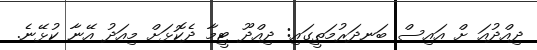
ދިއްދުއަ ށް އައިސް ބަނދަރުމަތީގައި: ދިއްދޫ ޓީމާ ދެކޮޅަށް މިއަދު އޭނާ ކުޅޭނެ.